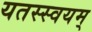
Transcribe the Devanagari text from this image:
यतस्स्वयम्